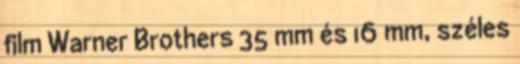
film Warner Brothers 35 mm és 16 mm, széles